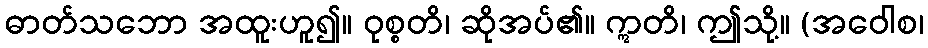
ဓာတ်သဘော အထူးဟူ၍။ ဝုစ္စတိ၊ ဆိုအပ်၏။ ဣတိ၊ ဤသို့။ (အဝေါစ၊